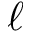
\ell